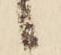
候